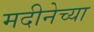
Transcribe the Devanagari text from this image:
मदीनेच्या